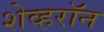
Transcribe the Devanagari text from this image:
शेव्हरॉन